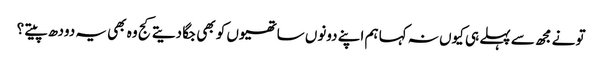
تو نے مجھ سے پہلے ہی کیوں نہ کہا ہم اپنے دونوں ساتھیوں کو بھی جگا دیتے کج وہ بھی یہ دودھ پیتے ؟